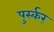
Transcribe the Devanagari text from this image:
पुर्स्कर्